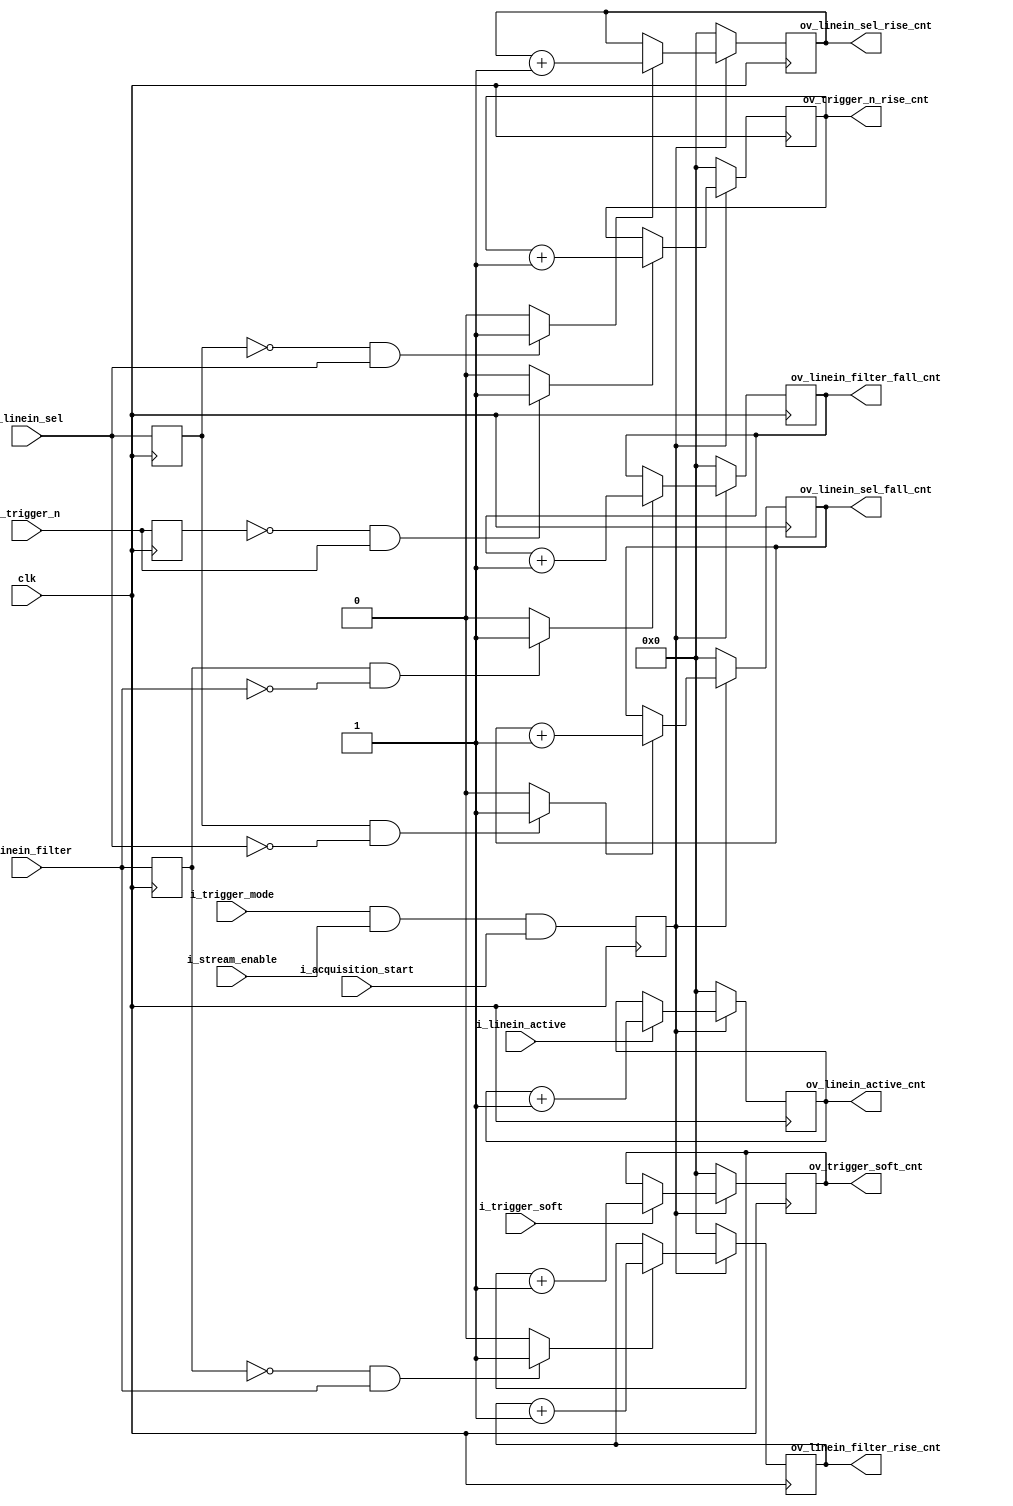
//-------------------------------------------------------------------------------------------------
//  --    : , 2010 -2015.
//  --      .
//  --          : FPGA
//  --        : trigger_cnt
//  --        : 
//-------------------------------------------------------------------------------------------------
//
//  --  :
//
//  --          :| 				:|  
//-------------------------------------------------------------------------------------------------
//  --        :| 2015/5/19 15:57:07	:|  
//-------------------------------------------------------------------------------------------------
//
//  --      :
//              1)  : ... ...
//
//              2)  : ... ...
//
//              3)  : ... ...
//
//-------------------------------------------------------------------------------------------------
///
`timescale 1ns/1ps
//-------------------------------------------------------------------------------------------------

module trigger_cnt (
	input				clk						,	//

	input				i_trigger_mode			,	//0-1-
	input				i_stream_enable			,	//
	input				i_acquisition_start		,	//0-1-

	input				i_linein_sel			,	//trigger_sel
	input				i_linein_filter			,	//trigger_filter
	input				i_linein_active			,	//trigger_active
	input				i_trigger_n				,	//trigger
	input				i_trigger_soft			,	//

	output	[15:0]		ov_linein_sel_rise_cnt		,	//i_linein_sel
	output	[15:0]		ov_linein_sel_fall_cnt		,	//i_linein_sel
	output	[15:0]		ov_linein_filter_rise_cnt	,	//i_linein_filter
	output	[15:0]		ov_linein_filter_fall_cnt	,	//i_linein_filter
	output	[15:0]		ov_linein_active_cnt		,	//i_linein_active
	output	[15:0]		ov_trigger_n_rise_cnt		,	//i_trigger_n
	output	[15:0]		ov_trigger_soft_cnt				//i_trigger_soft

	);

	//	ref signals

	reg					enable			= 1'b0;
	reg					linein_sel_dly	= 1'b0;
	wire				linein_sel_rise	;
	wire				linein_sel_fall	;
	reg					linein_filter_dly	= 1'b0;
	wire				linein_filter_rise	;
	wire				linein_filter_fall	;
	reg					trigger_n_dly	= 1'b0;
	wire				trigger_n_rise	;

	reg		[15:0]		linein_sel_rise_cnt	= 16'b0;
	reg		[15:0]		linein_sel_fall_cnt	= 16'b0;
	reg		[15:0]		linein_filter_rise_cnt	= 16'b0;
	reg		[15:0]		linein_filter_fall_cnt	= 16'b0;
	reg		[15:0]		linein_active_cnt	= 16'b0;
	reg		[15:0]		trigger_n_rise_cnt	= 16'b0;
	reg		[15:0]		trigger_soft_cnt	= 16'b0;

	//	ref ARCHITECTURE


	//synchronous clock domain

	//	===============================================================================================
	//	ref ******
	//	===============================================================================================
	//  -------------------------------------------------------------------------------------
	//	io1
	//	1.1
	//	2.100
	//  -------------------------------------------------------------------------------------
	always @ (posedge clk) begin
		enable	<= i_trigger_mode&i_stream_enable&i_acquisition_start;
	end

	//	===============================================================================================
	//	ref ******
	//	===============================================================================================
	//	-------------------------------------------------------------------------------------
	//	line sel 
	//	-------------------------------------------------------------------------------------
	always @ (posedge clk) begin
		linein_sel_dly	<= i_linein_sel;
	end
	assign	linein_sel_rise	= (linein_sel_dly==1'b0 && i_linein_sel==1'b1) ? 1'b1 : 1'b0;
	assign	linein_sel_fall	= (linein_sel_dly==1'b1 && i_linein_sel==1'b0) ? 1'b1 : 1'b0;

	//	-------------------------------------------------------------------------------------
	//	line filter 
	//	-------------------------------------------------------------------------------------
	always @ (posedge clk) begin
		linein_filter_dly	<= i_linein_filter;
	end
	assign	linein_filter_rise	= (linein_filter_dly==1'b0 && i_linein_filter==1'b1) ? 1'b1 : 1'b0;
	assign	linein_filter_fall	= (linein_filter_dly==1'b1 && i_linein_filter==1'b0) ? 1'b1 : 1'b0;

	//	-------------------------------------------------------------------------------------
	//	trigger 
	//	-------------------------------------------------------------------------------------
	always @ (posedge clk) begin
		trigger_n_dly	<= i_trigger_n;
	end
	assign	trigger_n_rise	= (trigger_n_dly==1'b0 && i_trigger_n==1'b1) ? 1'b1 : 1'b0;

	//	===============================================================================================
	//	ref ******
	//	===============================================================================================
	//	-------------------------------------------------------------------------------------
	//	line sel 
	//	-------------------------------------------------------------------------------------
	always @ (posedge clk) begin
		if(!enable) begin
			linein_sel_rise_cnt	<= 'b0;
		end
		else begin
			if(linein_sel_rise) begin
				linein_sel_rise_cnt	<= linein_sel_rise_cnt + 1'b1;
			end
		end
	end
	assign	ov_linein_sel_rise_cnt	= linein_sel_rise_cnt;

	always @ (posedge clk) begin
		if(!enable) begin
			linein_sel_fall_cnt	<= 'b0;
		end
		else begin
			if(linein_sel_fall) begin
				linein_sel_fall_cnt	<= linein_sel_fall_cnt + 1'b1;
			end
		end
	end
	assign	ov_linein_sel_fall_cnt	= linein_sel_fall_cnt;

	//	-------------------------------------------------------------------------------------
	//	line filter 
	//	-------------------------------------------------------------------------------------
	always @ (posedge clk) begin
		if(!enable) begin
			linein_filter_rise_cnt	<= 'b0;
		end
		else begin
			if(linein_filter_rise) begin
				linein_filter_rise_cnt	<= linein_filter_rise_cnt + 1'b1;
			end
		end
	end
	assign	ov_linein_filter_rise_cnt	= linein_filter_rise_cnt;

	always @ (posedge clk) begin
		if(!enable) begin
			linein_filter_fall_cnt	<= 'b0;
		end
		else begin
			if(linein_filter_fall) begin
				linein_filter_fall_cnt	<= linein_filter_fall_cnt + 1'b1;
			end
		end
	end
	assign	ov_linein_filter_fall_cnt	= linein_filter_fall_cnt;

	//	-------------------------------------------------------------------------------------
	//	line active 
	//	-------------------------------------------------------------------------------------
	always @ (posedge clk) begin
		if(!enable) begin
			linein_active_cnt	<= 'b0;
		end
		else begin
			if(i_linein_active) begin
				linein_active_cnt	<= linein_active_cnt + 1'b1;
			end
		end
	end
	assign	ov_linein_active_cnt	= linein_active_cnt;

	//	-------------------------------------------------------------------------------------
	//	trigger_n 
	//	-------------------------------------------------------------------------------------
	always @ (posedge clk) begin
		if(!enable) begin
			trigger_n_rise_cnt	<= 'b0;
		end
		else begin
			if(trigger_n_rise) begin
				trigger_n_rise_cnt	<= trigger_n_rise_cnt + 1'b1;
			end
		end
	end
	assign	ov_trigger_n_rise_cnt	= trigger_n_rise_cnt;

	//	-------------------------------------------------------------------------------------
	//	trigger soft 
	//	1.1bit
	//	-------------------------------------------------------------------------------------
	always @ (posedge clk) begin
		if(!enable) begin
			trigger_soft_cnt	<= 'b0;
		end
		else begin
			if(i_trigger_soft) begin
				trigger_soft_cnt	<= trigger_soft_cnt + 1'b1;
			end
		end
	end
	assign	ov_trigger_soft_cnt	= trigger_soft_cnt;


endmodule